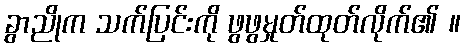
ခွာညိုက သက်ပြင်းကို ဖွဖွမှုတ်ထုတ်လိုက်၏ ။